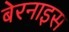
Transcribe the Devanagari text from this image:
बेरनाइस